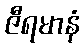
ဇီရမာနံ